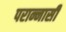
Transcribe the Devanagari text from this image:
परान्नासी